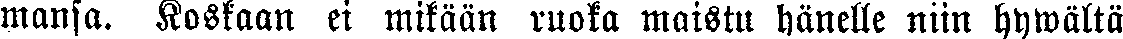
mansa. Koskaan ei mikään ruoka maistu hänelle niin hywältä